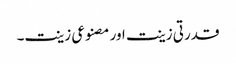
قدرتی زینت اور مصنوعی زینت۔